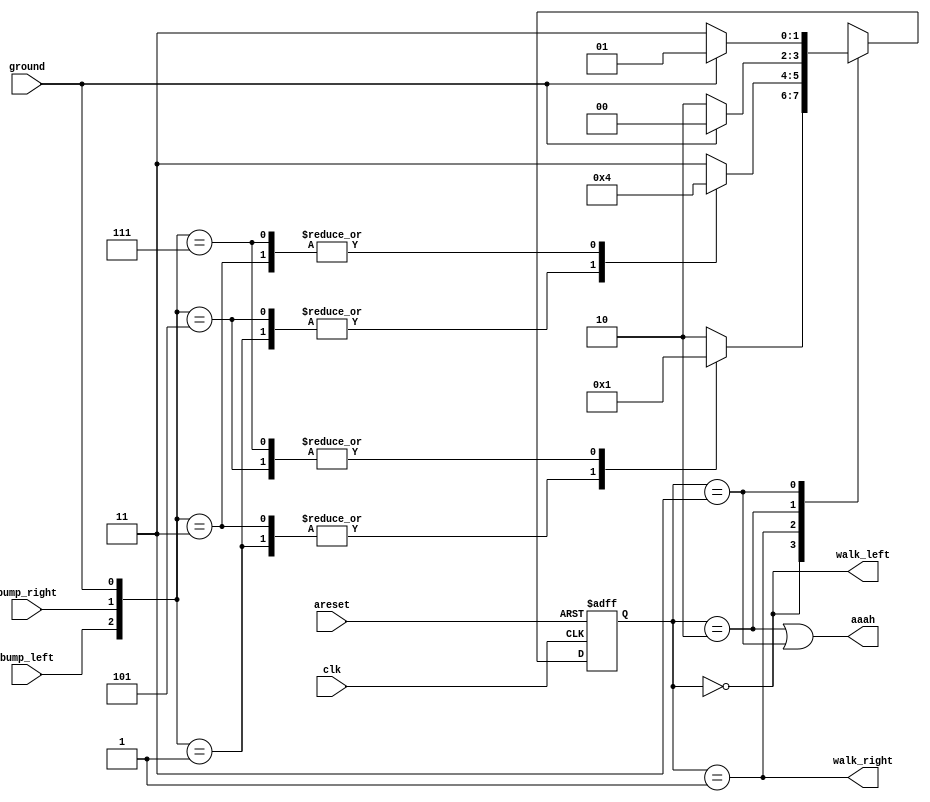
module top_module(
    input clk,
    input areset,    // Freshly brainwashed Lemmings walk left.
    input bump_left,
    input bump_right,
    input ground,
    output walk_left,
    output walk_right,
    output aaah ); 

    reg [1:0]y, Y;
    parameter A=2'b00, B=2'b01, C=2'b10, D=2'b11;

    always@(*)begin
        case(y)
            A:
                case({bump_left, bump_right, ground})
                    3'b001:
                        Y <= A;
                    3'b011:
                        Y <= A;
                    3'b101:
                        Y <= B;
                    3'b111:
                        Y <= B;
                    default:
                        Y <= C;
                endcase
            B:
                case({bump_left, bump_right, ground})
                    3'b001:
                        Y <= B;
                    3'b011:
                        Y <= A;
                    3'b101:
                        Y <= B;
                    3'b111:
                        Y <= A;
                    default:
                        Y <= D;
                endcase
            C:
                if(ground)  Y <= A;
                else    Y <= C;                    
            D:
                if(ground)  Y <= B;
                else    Y <= D;    
        endcase
    end

    always@(posedge clk, posedge areset)begin
        if(areset)
            y <= A;
        else
            y <= Y;
    end

    assign walk_left = (y == A);
    assign walk_right = (y == B);
    assign aaah = (y == C | y == D);

endmodule